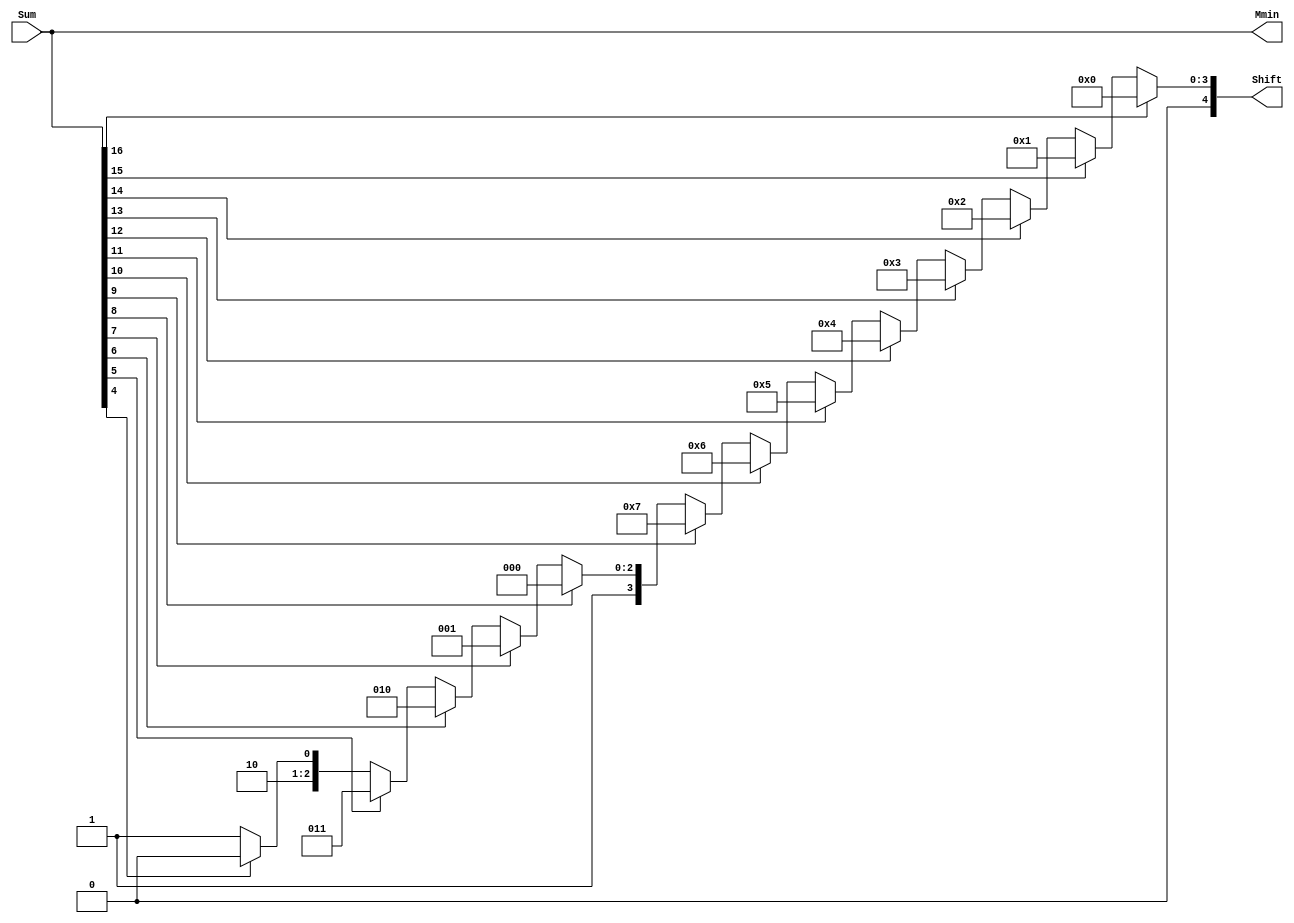
`define BFLOAT16 
`define VCS
`define EXPONENT 8
`define MANTISSA 7
`define EXPONENT 5
`define MANTISSA 10
`define SIGN 1
`define DWIDTH (`SIGN+`EXPONENT+`MANTISSA)
`define AWIDTH 10
`define MEM_SIZE 1024
`define DESIGN_SIZE 12
`define CU_SIZE 4
`define MASK_WIDTH 4
`define MEM_ACCESS_LATENCY 1
`define REG_DATAWIDTH 32
`define REG_ADDRWIDTH 8
`define ITERATIONS_WIDTH 32
`define REG_STDN_ADDR 32'h4
`define REG_MATRIX_A_ADDR 32'he
`define REG_MATRIX_B_ADDR 32'h12
`define REG_MATRIX_C_ADDR 32'h16
`define REG_VALID_MASK_A_ADDR 32'h20
`define REG_VALID_MASK_B_ADDR 32'h5c
`define REG_ITERATIONS_ADDR 32'h40
`define PE_PIPELINE_DEPTH 5
`define IDLE     2'b00
`define W_ENABLE  2'b01
`define R_ENABLE  2'b10

module FPAddSub_NormalizeModule(
		Sum,
		Mmin,
		Shift
    );

	// Input ports
	input [`DWIDTH:0] Sum ;					// Mantissa sum including hidden 1 and GRS
	
	// Output ports
	output [`DWIDTH:0] Mmin ;					// Mantissa after 16|0 shift
	output [4:0] Shift ;					// Shift amount
	//Changes in this doesn't matter since even Bfloat16 can't go beyond 7 shift to the mantissa (only 3 bits valid here)  
	// Determine normalization shift amount by finding leading nought
	assign Shift =  ( 
		Sum[16] ? 5'b00000 :	 
		Sum[15] ? 5'b00001 : 
		Sum[14] ? 5'b00010 : 
		Sum[13] ? 5'b00011 : 
		Sum[12] ? 5'b00100 : 
		Sum[11] ? 5'b00101 : 
		Sum[10] ? 5'b00110 : 
		Sum[9] ? 5'b00111 :
		Sum[8] ? 5'b01000 :
		Sum[7] ? 5'b01001 :
		Sum[6] ? 5'b01010 :
		Sum[5] ? 5'b01011 :
		Sum[4] ? 5'b01100 : 5'b01101
	//	Sum[19] ? 5'b01101 :
	//	Sum[18] ? 5'b01110 :
	//	Sum[17] ? 5'b01111 :
	//	Sum[16] ? 5'b10000 :
	//	Sum[15] ? 5'b10001 :
	//	Sum[14] ? 5'b10010 :
	//	Sum[13] ? 5'b10011 :
	//	Sum[12] ? 5'b10100 :
	//	Sum[11] ? 5'b10101 :
	//	Sum[10] ? 5'b10110 :
	//	Sum[9] ? 5'b10111 :
	//	Sum[8] ? 5'b11000 :
	//	Sum[7] ? 5'b11001 : 5'b11010
	);
	
	reg	  [`DWIDTH:0]		Lvl1;
	
	always @(*) begin
		// Rotate by 16?
		Lvl1 <= Shift[4] ? {Sum[8:0], 8'b00000000} : Sum; 
	end
	
	// Assign outputs
	assign Mmin = Lvl1;						// Take out smaller mantissa

endmodule